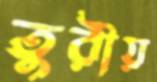
তুরীয়